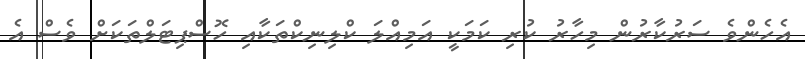
އެހެންވެ ސަރުކާރުން މިހާރު ކުރި ކަމަކީ އަމިއްލަ ކްލިނިކްތަކާއި ހޮސްޕިޓަލްތަކަށް ވެސް އެ